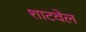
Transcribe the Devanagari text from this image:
शाटवेल